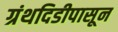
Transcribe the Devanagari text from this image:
ग्रंथदिडीपासून